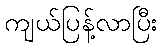
ကျယ်ပြန့်လာပြီး